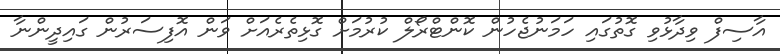
އާސިފް ވިދާޅުވި ގޮތުގައި ހަމަނުޖެހުން ކޮންޓްރޯލް ކުރުމަށް ގޮޅިތެރެއަށް ވަން އޮފިސަރުން ގައިދީންނާ